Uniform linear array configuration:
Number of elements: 16
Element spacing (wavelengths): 0.25
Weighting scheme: hann
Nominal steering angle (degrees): -15
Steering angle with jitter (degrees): -13.279
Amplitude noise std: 0.05
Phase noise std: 0.05

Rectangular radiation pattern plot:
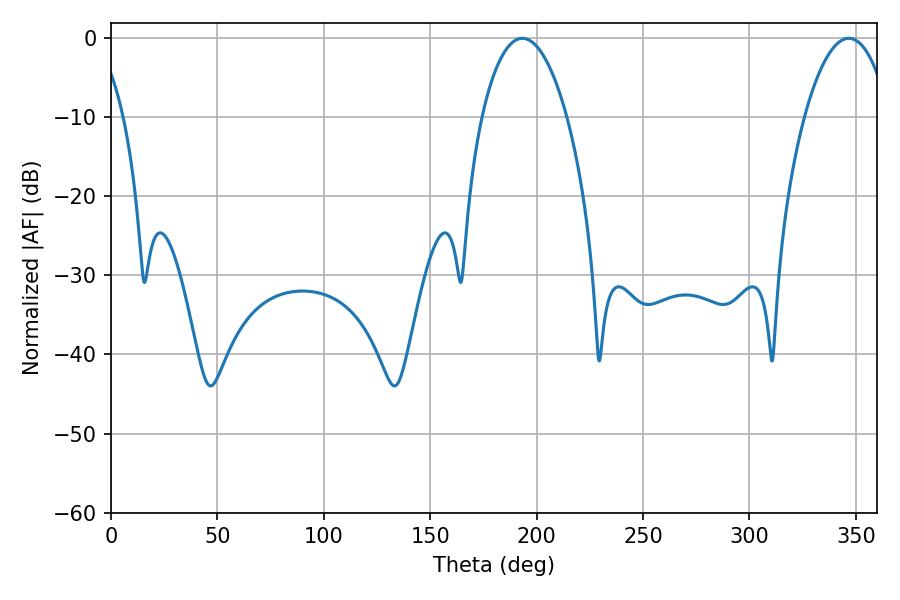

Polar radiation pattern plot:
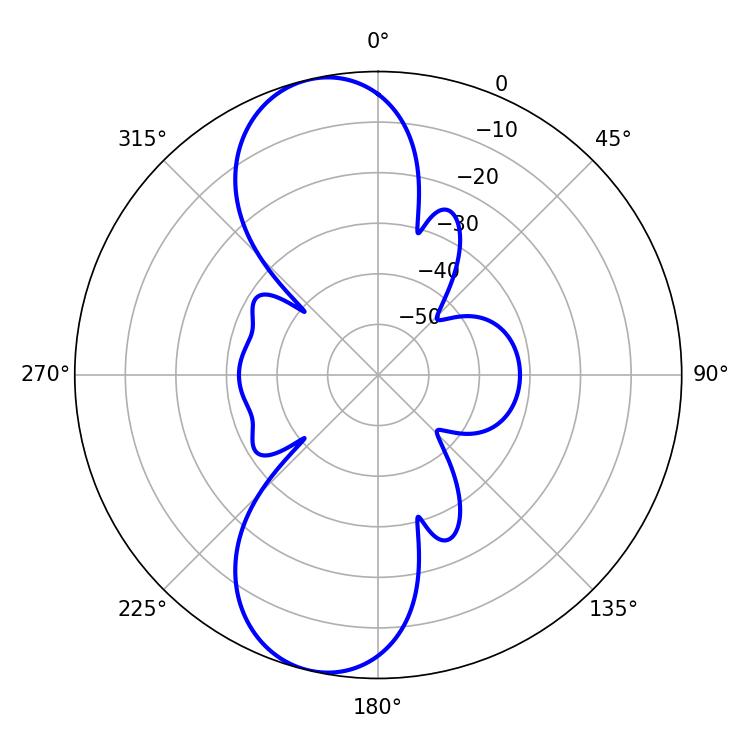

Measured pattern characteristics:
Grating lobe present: FALSE
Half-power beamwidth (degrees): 22.5
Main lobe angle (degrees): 193.32